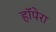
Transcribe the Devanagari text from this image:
हॉपेरा